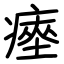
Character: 瘞